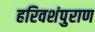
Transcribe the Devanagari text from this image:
हरिवशंपुराण